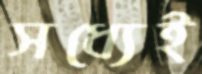
সধ্যেই